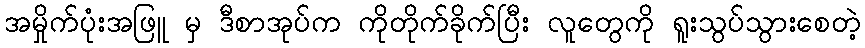
အမှိုက်ပုံးအဖြူ မှ ဒီစာအုပ်က ကိုတိုက်ခိုက်ပြီး လူတွေကို ရူးသွပ်သွားစေတဲ့